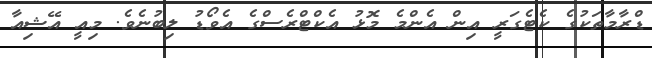
ޑްރާމާތަކުގެ ކެޓެގަރީ އިން އެންމެ މޮޅު އެކްޓްރެސްގެ އެވޯޑު ލިބުނެވެ. މިއީ އޭޝިއާ